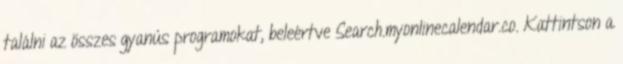
találni az összes gyanús programokat, beleértve Search.myonlinecalendar.co. Kattintson a